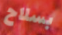
بسلاح